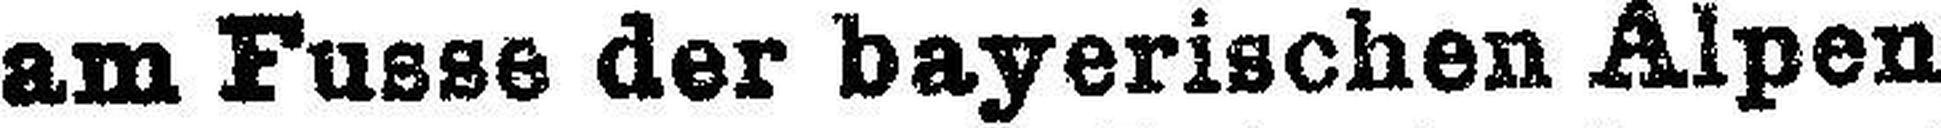
am Fusse der bayerischen Alpen